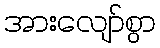
အားလျော်စွာ